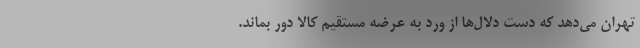
تهران می‌دهد که دست دلال‌ها از ورد به عرضه مستقیم کالا دور بماند.